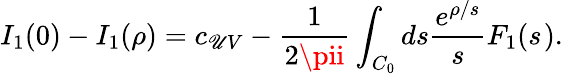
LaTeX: I_{1}(0)-I_{1}(\rho)=c_{\mathscr{U}V}-\frac{{1}}{{2\pii}}\int_{C_{0}}ds\frac{{e^{\rho/s}}}{{s}}F_{1}(s^{}).